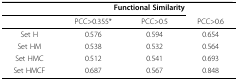
|  | <COLSPAN=3> Functional Similarity |
 |  | PCC>0.355* | PCC>0.5 | PCC>0.6 |
 | --- | --- | --- | --- |
 | Set H | 0.576 | 0.594 | 0.654 |
 | Set HM | 0.538 | 0.532 | 0.564 |
 | Set HMC | 0.512 | 0.541 | 0.693 |
 | Set HMCF | 0.687 | 0.567 | 0.848 |